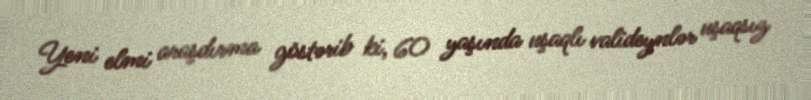
Yeni elmi araşdırma göstərib ki, 60 yaşında uşaqlı valideynlər uşaqsız